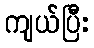
ကျယ်ပြီး